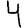
Digit: 4